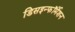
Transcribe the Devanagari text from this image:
डिसइन्फॉर्मेशन